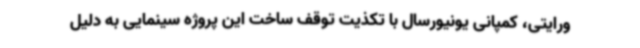
ورایتی، کمپانی یونیورسال با تکذیت توقف ساخت این پروژه سینمایی به دلیل